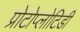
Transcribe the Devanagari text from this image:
प्रोटोप्लोटिडी